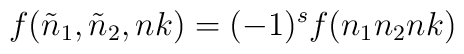
f({\tilde n}_1,{\tilde n}_2,nk)=(-1)^s f(n_1n_2nk)